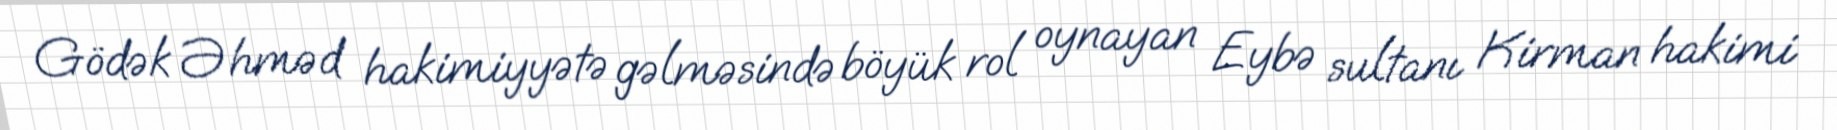
Gödək Əhməd hakimiyyətə gəlməsində böyük rol oynayan Eybə sultanı Kirman hakimi